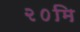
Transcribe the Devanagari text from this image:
२०मि